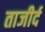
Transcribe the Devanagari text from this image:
ताजीर्द